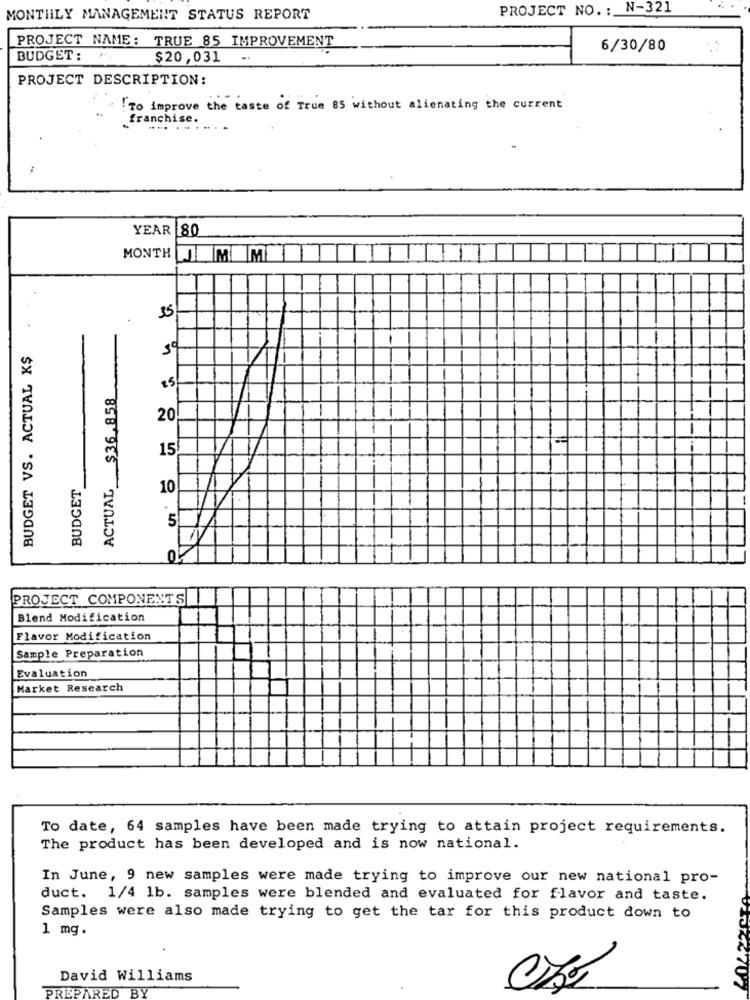
PROJECT NO. : N-321
MONTHLY MANAGEMENT STATUS REPORT
PROJECT NAME: TRUE 85 IMPROVEMENT
6/30/80
BUDGET:
$20,031
PROJECT DESCRIPTION:
To improve the taste of True 85 without alienating the current
franchise.
YEAR 80
MONTH MEM
.
35
BUDGET VS. ACTUAL K$
ACTUAL $36.858
25
20
15
BUDGET
10
5
PROJECT COMPONENTS
Blend Modification
Flavor Modification
Sample Preparation
Evaluation
Market Research
To date, 64 samples have been made trying to attain project requirements.
The product has been developed and is now national.
In June, 9 new samples were made trying to improve our new national pro-
duct. 1/4 1b. samples were blended and evaluated for flavor and taste.
Samples were also made trying to get the tar for this product down to
1 mg.
David Williams
PREPARED
BY
4707